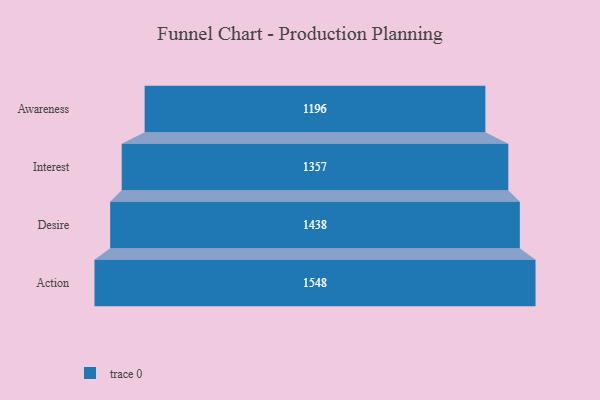
{"axis": {"x": "Stage", "y": "Value"}, "legend": [""], "data": [{"x": "Awareness", "y": 1196.0, "type": ""}, {"x": "Interest", "y": 1357.0, "type": ""}, {"x": "Desire", "y": 1438.0, "type": ""}, {"x": "Action", "y": 1548.0, "type": ""}]}